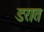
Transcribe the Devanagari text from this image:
डरात